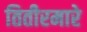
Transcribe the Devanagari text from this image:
तितीरमारे